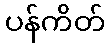
ပန်ကိတ်